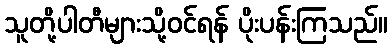
သူတို့ပါတီများသို့ဝင်ရန် ပိုးပန်းကြသည်။